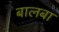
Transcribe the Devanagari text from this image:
बालबा